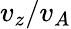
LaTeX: v_{z}/v_{A}